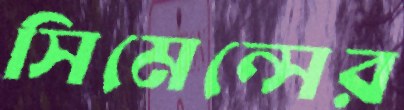
সিমেন্সের